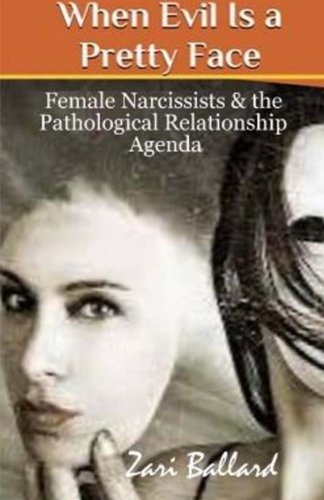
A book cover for When Evil Is a Pretty Face: Female Narcissists & the Pathological Relationship Agenda; Zari L Ballard; Health, Fitness & Dieting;